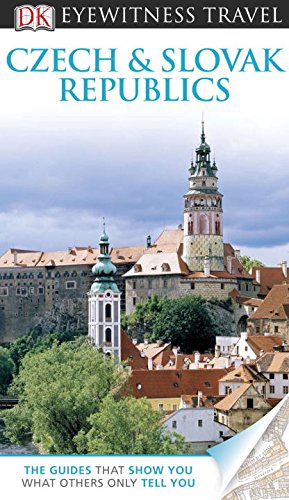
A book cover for DK Eyewitness Travel Guide: Czech and Slovak Republics; DK Publishing; Travel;